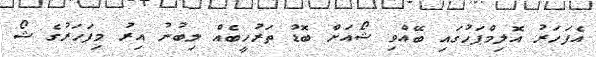
އެފަހަރު އޮލިމްޕަހުގައި ބޭއްވި ޝޯއަށް ބޮޑު ތަރުހީބެއް ލިބުނު އިރު މިފަހަރުގެ ޝޯ